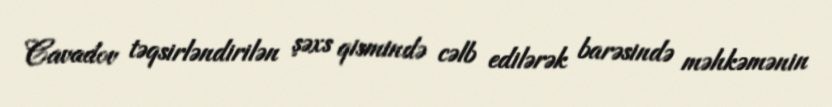
Cavadov təqsirləndirilən şəxs qismində cəlb edilərək barəsində məhkəmənin